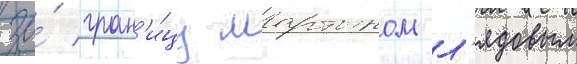
за́ гран'и́цу мартыном л'ядовым